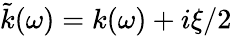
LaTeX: \tilde{k}(\omega)=k(\omega)+i\xi/2